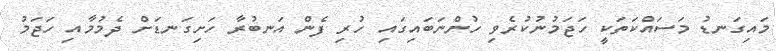
މައިގަނޑު މަސައްކަތަކީ ހަޖަމުނުކުރެވި ހުންނަބައިގައި ހުރި ފެން އަނބުރާ ހަށިގަނޑަށް ދެމުމާއި ހަޖަމު